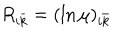
LaTeX: R _ { i \bar { k } } = ( \ln \mu ) _ { i \bar { k } }